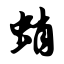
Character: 蛸